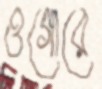
ওগোরে